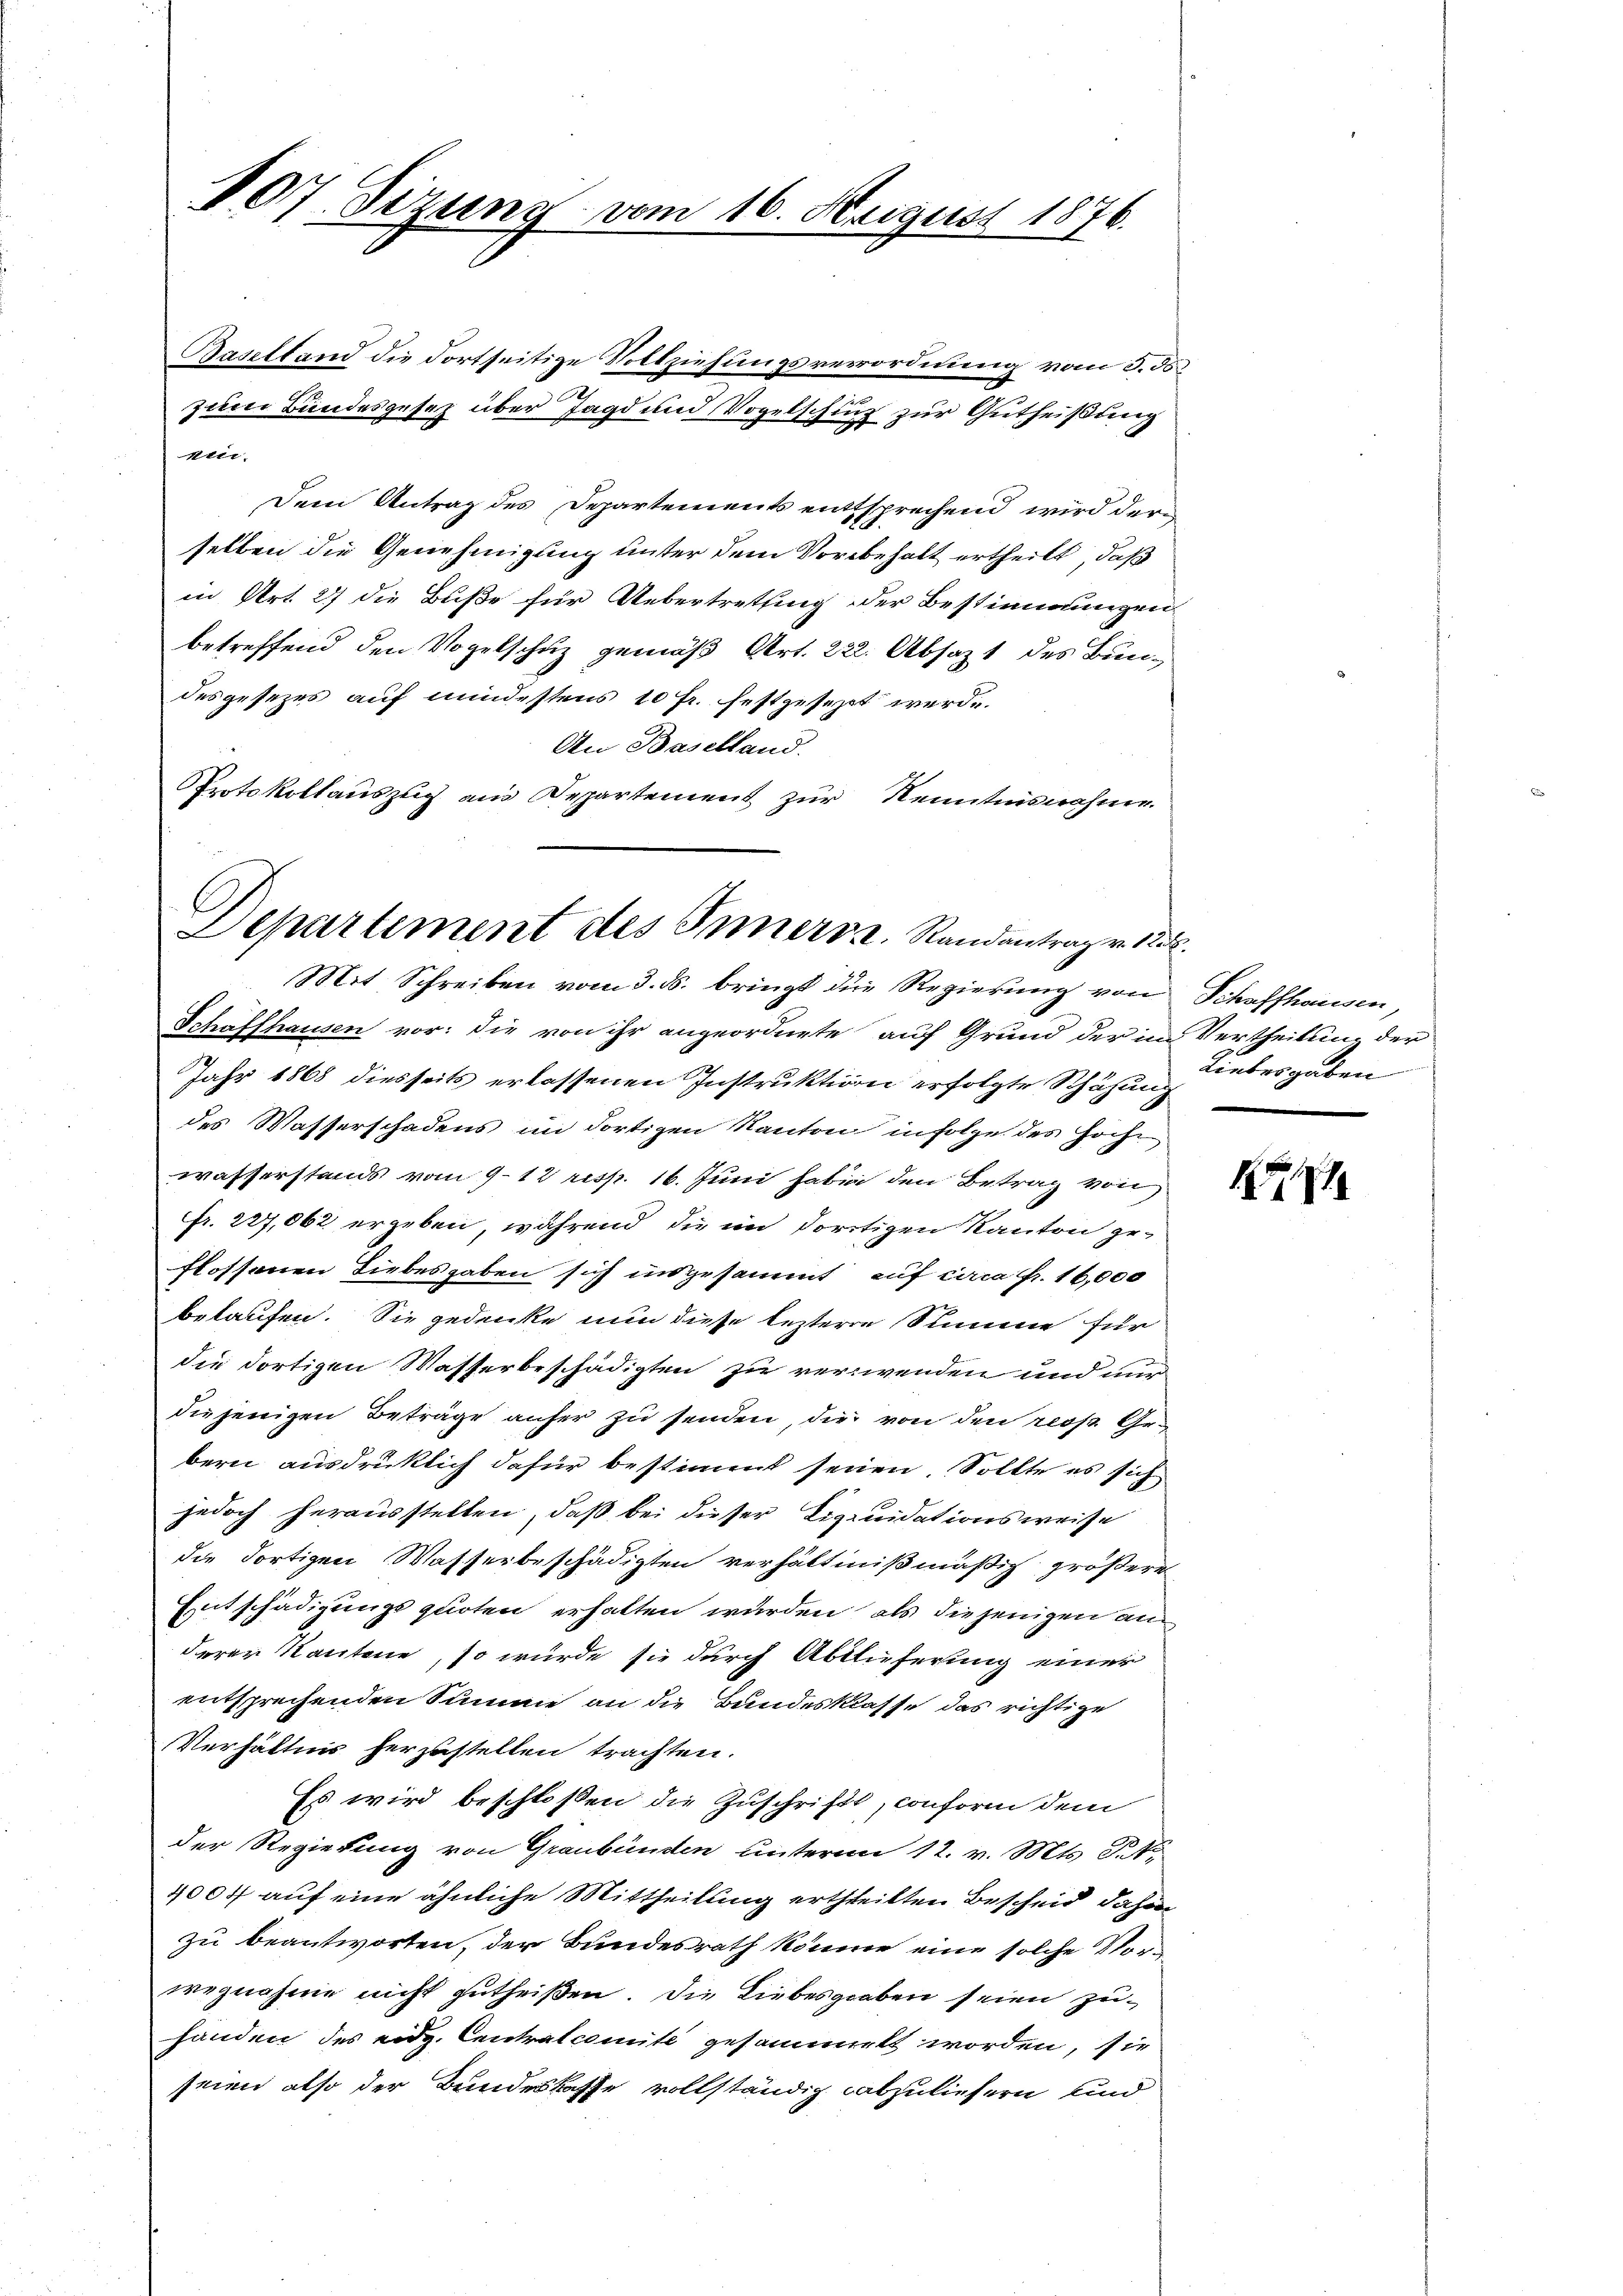
107 Sizung vom 16. August 1876.

Baselland die dortseitige Vollziehungsverordnung vom 3. ds
zum Bundesgesetz über Jagd und Vogelschung zur Gutheißung
ein.
Dem Antrag des Departements enttsprechend wird derselben die Genehmigung unter dem Vorbehalt ertheilt, daß
in Art. 27 die Buße für Uebertretung der Bestimmungen
betreffend den Vogelschuz gemäß Art. 222. Absaz 1 des Bundesgesezes auf mindestens 10 fr. festgesezt werde.
An Baselland.
Protokollauszug aus Departement zur Kenntnisnahme.

C
Departement des Inners z. Randantrag v. 18.

Mit Schreiben vom 3. ds. bringt die Regierung von Schaffhausen,
Schaffhausen vor: die von ihr angeordnete auf Grund der im Vertheilung der
Jahr 1868 diesseits erlassenen Instruktion erfolgte Schähung
des Wasserschadens im dortigen Kanton infolge des Hoche
wasserstands vom 9–12 resp. 16. Juni haben den Betrag von
fr. 227,062 ergeben, während die im dortigen Kanton geflossenen Liebesgaben sich insgesammt auf circa Fr. 16,000
bekaufen. Sie gedenke nun diese leztere Summe für
die dortigen Wasserbeschädigten zu verwenden und nur
die jenigen Beträge anher zu senden, die von den reos Gebern ausdrüklich dafür bestimmt seien. Sollte es sich
jedoch herausstellen, daß bei dieser Liquidationsweise
die Fortigen Wasserbeschädigten verhältnißmäßig größere
Entschädigungsquoten erhalten wurden, als diejenigen au
derer Kantone, so wurde sie durch Ablieferung einer
entsprechenden Summe an die Bundesklasse das richtige
Verhältnis herzustellen trachten.
Es wird beschloßen die Zuschrift, conform dem
der Regierung von Graubünden unterm 12. v. Mts. S. Nr.
4004 auf eine ähnliche Mittheilung ertheilten Bescheid dahin
zu beantworten, der Bundesrath könne eine solche Vorwegnahme nicht zutheißen. Die Liebesgraben seien zuhanden des eidg. Centralcomite gesammelt worden, sie
seien also der Bundeskasse vollständig abzuliefern und

Liebesgaben

1571